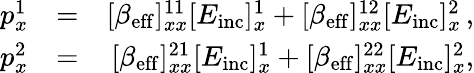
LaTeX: \begin{array}{rlr}{p_{x}^{1}}&{=}&{[\beta_{\mathrm{eff}}]_{xx}^{11}[E_{\mathrm{inc}}]_{x}^{1}+[\beta_{\mathrm{eff}}]_{xx}^{12}[E_{\mathrm{inc}}]_{x}^{2}\, ,}\\ {p_{x}^{2}}&{=}&{[\beta_{\mathrm{eff}}]_{xx}^{21}[E_{\mathrm{inc}}]_{x}^{1}+[\beta_{\mathrm{eff}}]_{xx}^{22}[E_{\mathrm{inc}}]_{x}^{2},}\end{array}